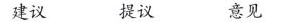
建议 提议 意见